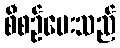
စီစဉ်ပေးသည်